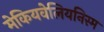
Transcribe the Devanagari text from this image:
मेकियवेलियनिस्म